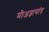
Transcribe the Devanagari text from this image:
मीअज्ञानांत